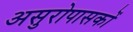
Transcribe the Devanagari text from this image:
असुरोपासकों